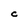
Character: C